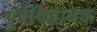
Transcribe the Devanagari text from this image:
पूर्वविधायक